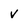
Character: v